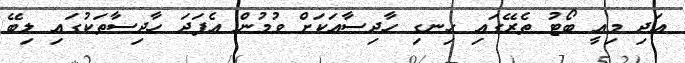
އަދި މިއީ ބޯޓު ތެރޭގައި ހިނގި ހާދިސާއަކަށް ވުމުން އެފަދަ ހާދިސާތަކުގައި ލިބޭ